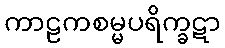
ကာဠကစမ္မပရိက္ခဋာ